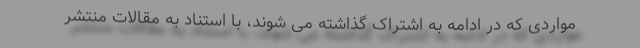
مواردی که در ادامه به اشتراک گذاشته می شوند، با استناد به مقالات منتشر